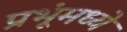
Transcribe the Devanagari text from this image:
प्रभूंमध्ये